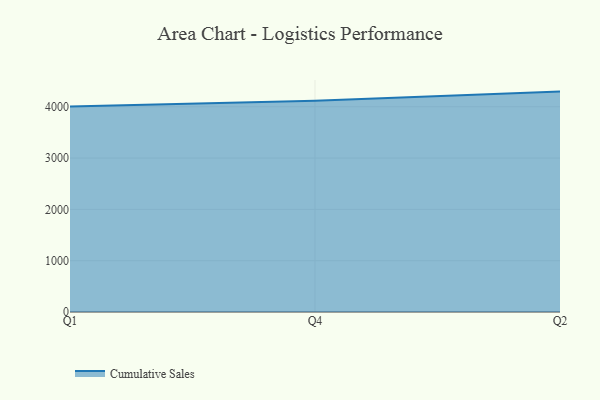
{"axis": {"x": "Quarter", "y": "Customer Acquisition Cost (USD)"}, "legend": ["Cumulative Sales"], "data": [{"x": "Q1", "y": 4002.1, "type": "Cumulative Sales"}, {"x": "Q4", "y": 4117.9, "type": "Cumulative Sales"}, {"x": "Q2", "y": 4294.8, "type": "Cumulative Sales"}]}